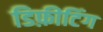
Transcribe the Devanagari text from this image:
डिफ़ीटिंग